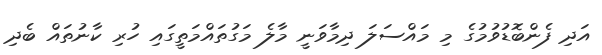
އަދި ފެންބޮޑުވުމުގެ މި މައްސަލަ ދިމާވަނީ މާލެ މަގުތައްމަތީގައި ހުރި ކާނުތައް ބެދި